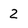
Character: 2